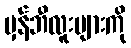
မှန်ဘီလူးများကို